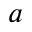
a